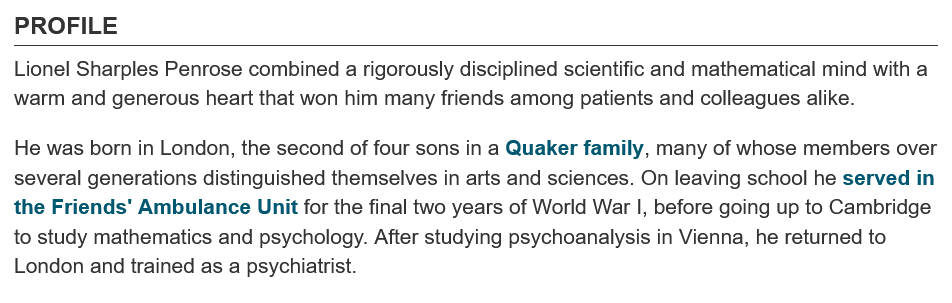
PROFILE
  Lionel Sharples Penrose combined a rigorously disciplined scientific and mathematical mind with a
  warm and generous heart that won him many friends among patients and colleagues alike.
  He was born in London, the second of four sons in a Quaker family, many of whose members over
  several generations distinguished themselves in arts and sciences. On leaving school he served in
  the Friends' Ambulance Unit for the final two years of World War |, before going up to Cambridge
  to study mathematics and psychology. After studying psychoanalysis in Vienna, he returned to
  London and trained as a psychiatrist.